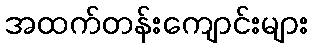
အထက်တန်းကျောင်းများ